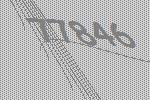
77846